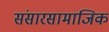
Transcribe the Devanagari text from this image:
संसारसामाजिक